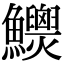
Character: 𩽯